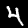
Label: 4